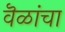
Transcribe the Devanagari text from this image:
वॆळांचा